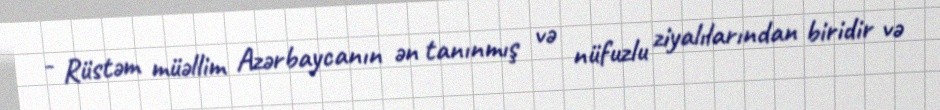
- Rüstəm müəllim Azərbaycanın ən tanınmış və nüfuzlu ziyalılarından biridir və